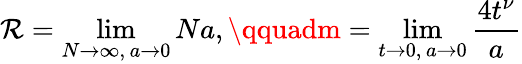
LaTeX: \mathcal{R}=\operatorname*{lim}_{N\to\infty,\, a\to0}Na,\qquadm=\operatorname*{lim}_{t\to0,\, a\to0}\frac{{4t^{\nu}}}{{a}}